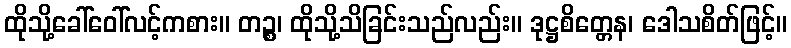
ထိုသို့ခေါ်ဝေါ်လင့်ကစား။ တဉ္စ၊ ထိုသို့သိခြင်းသည်လည်း။ ဒုဋ္ဌစိတ္တေန၊ ဒေါသစိတ်ဖြင့်။